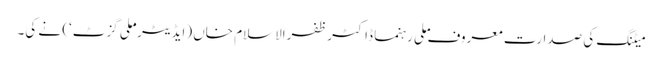
میٹنگ کی صدارت معروف ملی رہنما ڈاکٹر ظفرالاسلام خاں (ایڈیٹر ’ملی گزٹ‘) نے کی۔